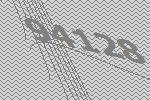
94128